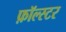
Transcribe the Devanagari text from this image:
फ़ॉल्स्टर